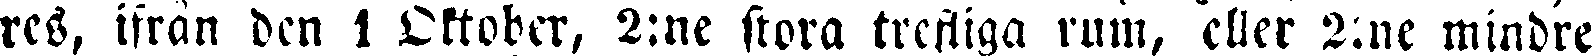
res, ifrån ben i Oktober, 2:ne stora trefliga rum, eller 2:ne mindre